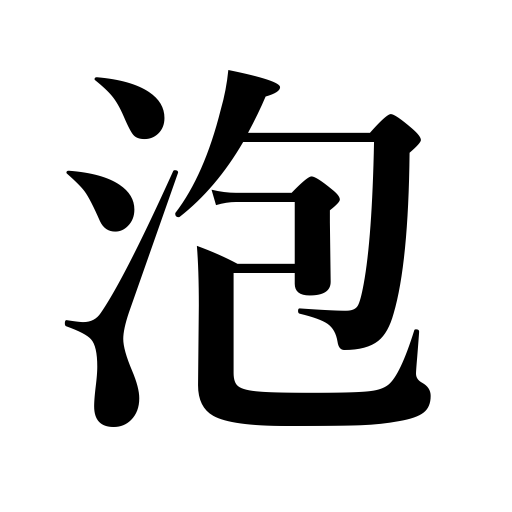
Meanings: scum,foam,froth,bubble,suds